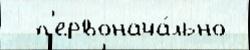
  п'ервонача́льно